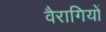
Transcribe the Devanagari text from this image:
वैरागियों